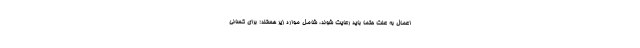
اعمال به علت حتماً باید رعایت شوند، شامل موارد زیر هستند: برای کسانی